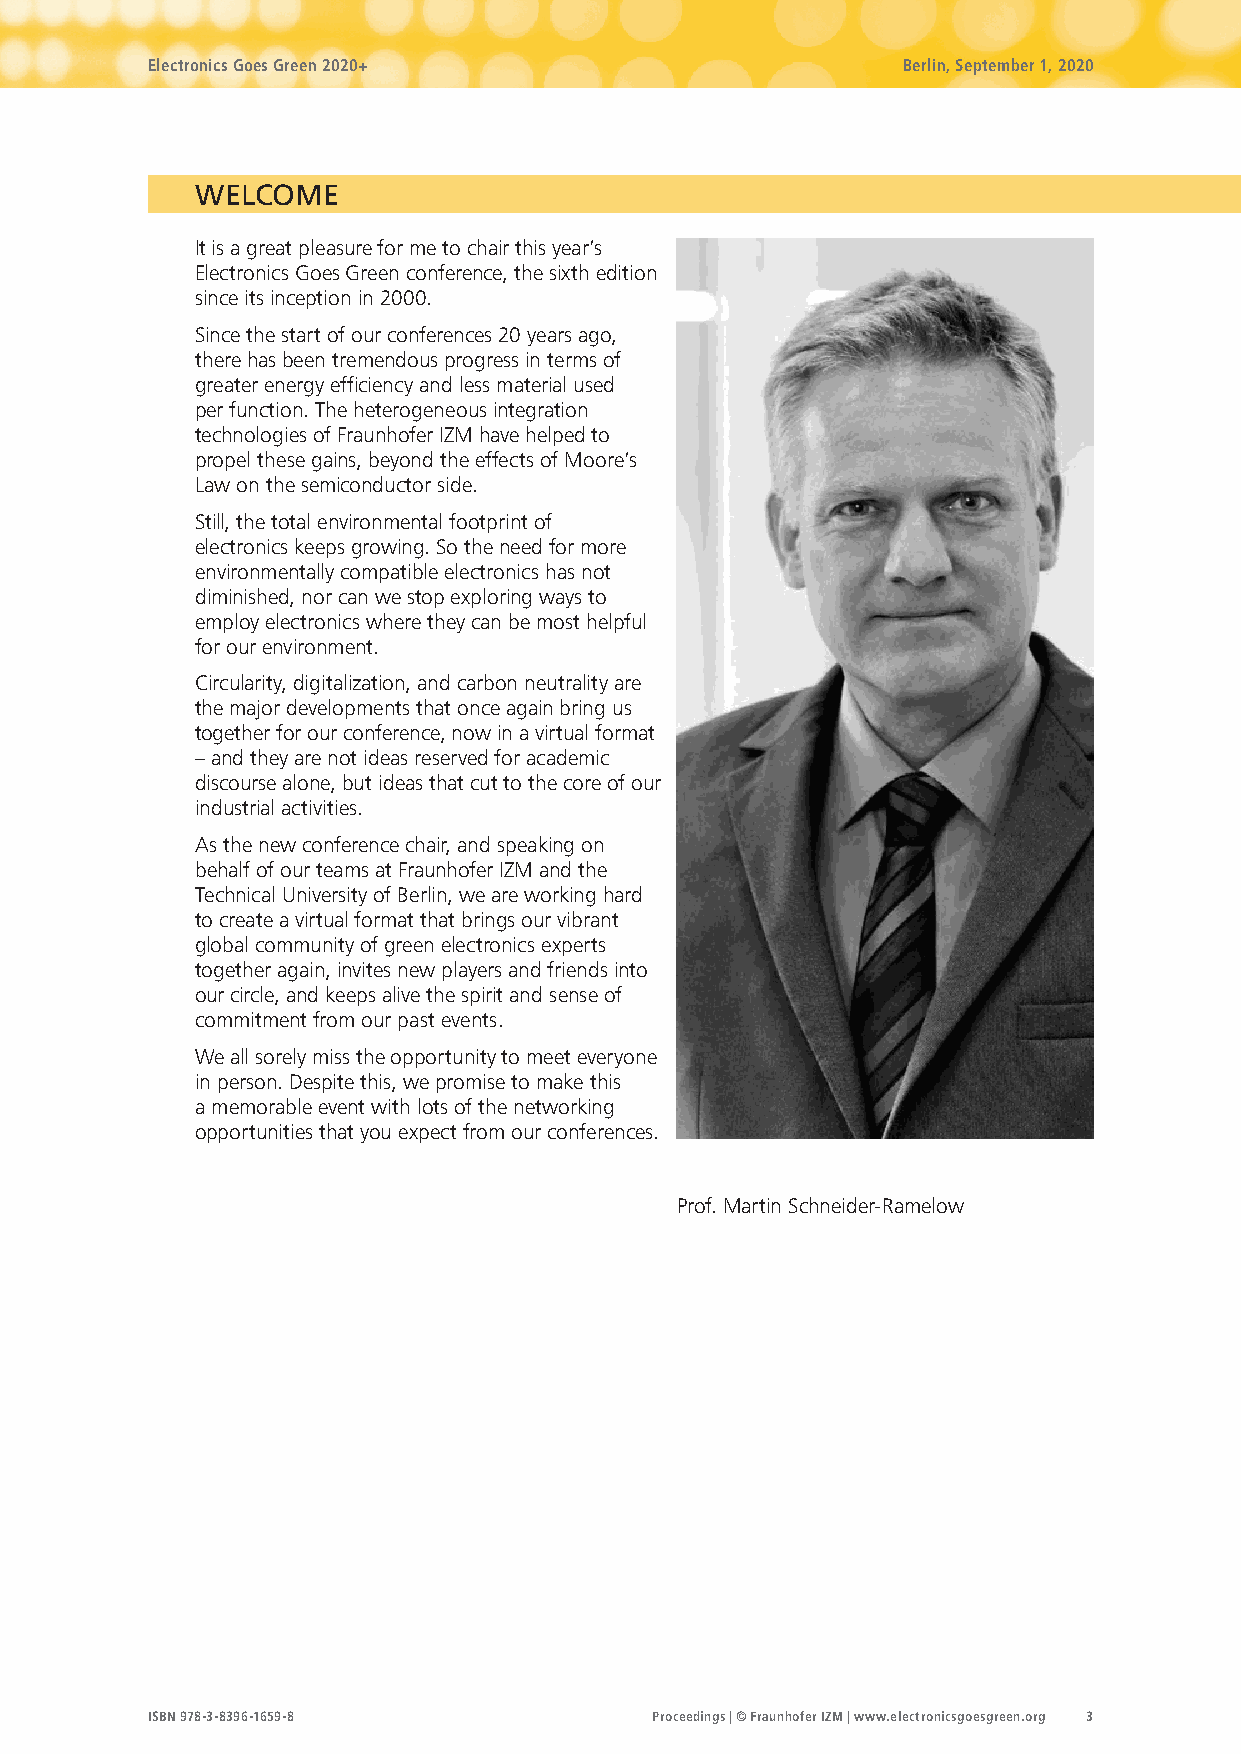
Electronics Goes Green 2020+                      Berlin, September 1, 2020
 WELCOME
 It is a great pleasure for me to chair this year’s
 Electronics Goes Green conference, the sixth edition
 since its inception in 2000.
 Since the start of our conferences 20 years ago,
 there has been tremendous progress in terms of
 greater energy efficiency and less material used
 per function. The heterogeneous integration
 technologies of Fraunhofer IZM have helped to
 propel these gains, beyond the effects of Moore’s
 Law on the semiconductor side.
 Still, the total environmental footprint of
 electronics keeps growing. So the need for more
 environmentally compatible electronics has not
 diminished, nor can we stop exploring ways to
 employ electronics where they can be most helpful
 for our environment.
 Circularity, digitalization, and carbon neutrality are
 the major developments that once again bring us
 together for our conference, now in a virtual format
 – and they are not ideas reserved for academic
 discourse alone, but ideas that cut to the core of our
 industrial activities.
 As the new conference chair, and speaking on
 behalf of our teams at Fraunhofer IZM and the
 Technical University of Berlin, we are working hard
 to create a virtual format that brings our vibrant
 global community of green electronics experts
 together again, invites new players and friends into
 our circle, and keeps alive the spirit and sense of
 commitment from our past events.
 We all sorely miss the opportunity to meet everyone
 in person. Despite this, we promise to make this
 a memorable event with lots of the networking
 opportunities that you expect from our conferences.
 Prof. Martin Schneider-Ramelow
 ISBN 978-3-8396-1659-8           Proceedings | © Fraunhofer IZM | www.electronicsgoesgreen.org 3